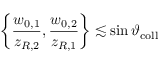
\left\{ \frac { w _ { 0 , 1 } } { z _ { R , 2 } } , \frac { w _ { 0 , 2 } } { z _ { R , 1 } } \right\} \lesssim \sin \vartheta _ { \mathrm { c o l l } }